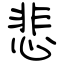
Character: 悲